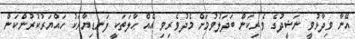
އޭނާ ވިދާޅުވީ ނަޝީދުގެ ވެރިކަން ބަދަލުވުމަށް މެދުވެރިވި އެއް ޙާލަތަކީ ފަނޑިޔާރަކު ހައްޔަރުކުރުންކަން